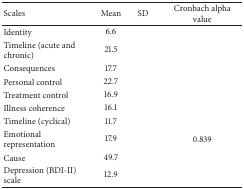
<table><thead><tr><td><b>Scales</b></td><td><b>Mean</b></td><td><b>SD</b></td><td><b>Cronbach alpha value </b></td></tr></thead><tbody><tr><td>Identity</td><td>6.6</td><td>[EMPTY_CELL]</td><td>[EMPTY_CELL]</td></tr><tr><td>Timeline (acute and chronic)</td><td>21.5</td><td>[EMPTY_CELL]</td><td>[EMPTY_CELL]</td></tr><tr><td>Consequences </td><td>17.7</td><td>[EMPTY_CELL]</td><td>[EMPTY_CELL]</td></tr><tr><td>Personal control</td><td>22.7</td><td>[EMPTY_CELL]</td><td>[EMPTY_CELL]</td></tr><tr><td>Treatment control</td><td>16.9</td><td>[EMPTY_CELL]</td><td>[EMPTY_CELL]</td></tr><tr><td>Illness coherence </td><td>16.1</td><td>[EMPTY_CELL]</td><td>[EMPTY_CELL]</td></tr><tr><td>Timeline (cyclical) </td><td>11.7</td><td>[EMPTY_CELL]</td><td>[EMPTY_CELL]</td></tr><tr><td>Emotional representation</td><td>17.9</td><td>[EMPTY_CELL]</td><td>0.839</td></tr><tr><td>Cause</td><td>49.7</td><td>[EMPTY_CELL]</td><td>[EMPTY_CELL]</td></tr><tr><td>Depression (BDI-II) scale </td><td>12.9</td><td>[EMPTY_CELL]</td><td>[EMPTY_CELL]</td></tr></tbody></table>